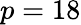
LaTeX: p=18